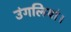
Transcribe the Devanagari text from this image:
उंगलियां।